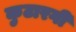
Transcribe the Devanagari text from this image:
कुटारगी